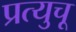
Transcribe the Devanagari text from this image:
प्रत्युचू